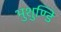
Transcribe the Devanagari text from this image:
भुशुण्डि